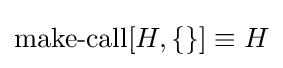
\operatorname {make-call} [H,\{\}]\equiv H